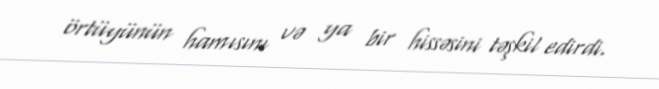
örtüyünün hamısını və ya bir hissəsini təşkil edirdi.